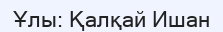
Ұлы: Қалқай Ишан